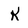
Character: K